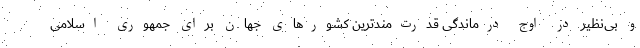
و بی‌نظیر در اوج درماندگی قدرت‌مندترین کشورهای جهان برای جمهوری اسلامی